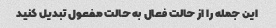
این جمله را از حالت فعال به حالت مفعول تبدیل کنید